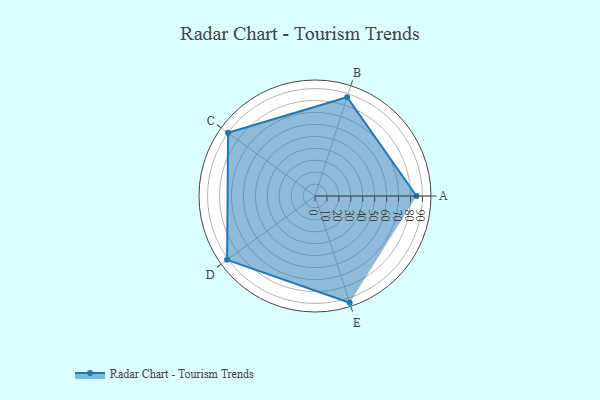
{"axis": {"x": "Skill", "y": "Score"}, "legend": ["Profile"], "data": [{"x": "A", "y": 85.0, "type": "Profile"}, {"x": "B", "y": 87.0, "type": "Profile"}, {"x": "C", "y": 90.0, "type": "Profile"}, {"x": "D", "y": 91.0, "type": "Profile"}, {"x": "E", "y": 94.0, "type": "Profile"}]}